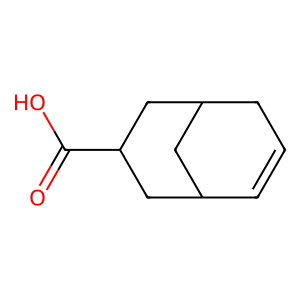
SMILES: O=C(O)C1CC2C=CCC(C2)C1
Inhibits HIV replication: No